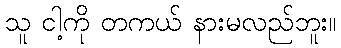
သူ ငါ့ကို တကယ် နားမလည်ဘူး။